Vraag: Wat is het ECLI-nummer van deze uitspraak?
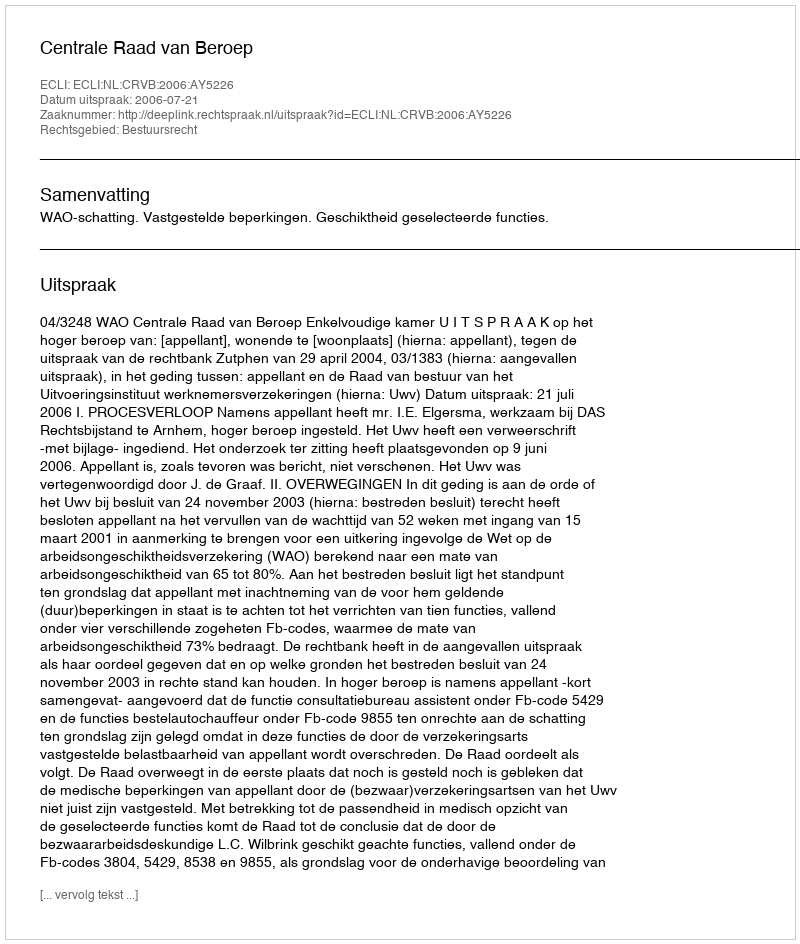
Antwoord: ECLI:NL:CRVB:2006:AY5226